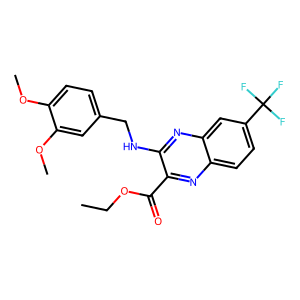
SMILES: CCOC(=O)c1nc2ccc(C(F)(F)F)cc2nc1NCc1ccc(OC)c(OC)c1
Inhibits HIV replication: No